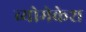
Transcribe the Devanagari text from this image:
व्योमेकेश